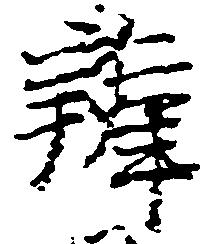
弁